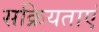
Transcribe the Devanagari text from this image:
सक्रियताएं